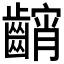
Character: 𱌢